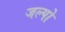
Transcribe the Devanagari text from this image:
जल्पो